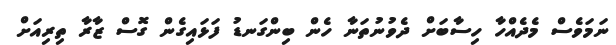
ނަމަވެސް މެދެއްހާ ހިސާބަށް ދެވުނުތަނާ ހެން ބިންގަނޑު ފަޅައިގެން ގޮސް ޒާރާ ތިރިއަށް